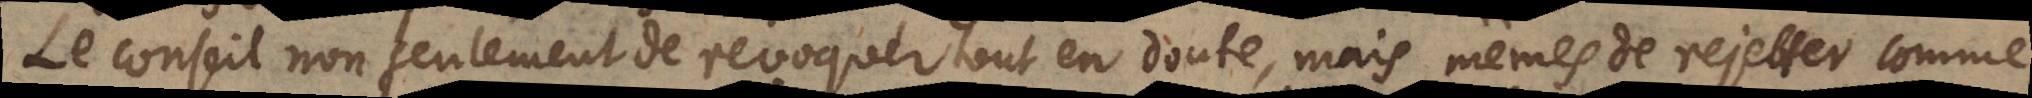
Le conseil de revoquer tout en doute, mais même de rejetter comme